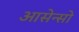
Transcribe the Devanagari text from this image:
आसेन्सो